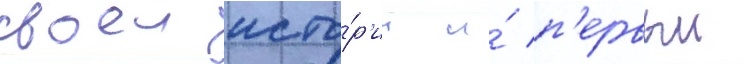
своеи исто́р'ии и́ п'ервыи